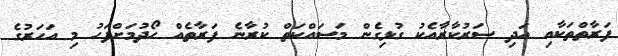
ފަރާތްތަކާއި އަދި ސަރުކާރާއެކު ގުޅިގެން މަސައްކަތް ކުރާނެ ފަރާތެއް ހޯދުމަށްފަހު މި އަހަރުގެ